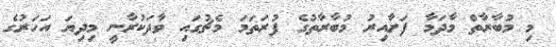
މި މުބާރާތް މާދަމާ ފަށާއިރު މުބާރާތުގެ ފުރަތަމަ މެޗުގައި ވާދަކުރާނީ މިދިޔަ އަހަރުގެ